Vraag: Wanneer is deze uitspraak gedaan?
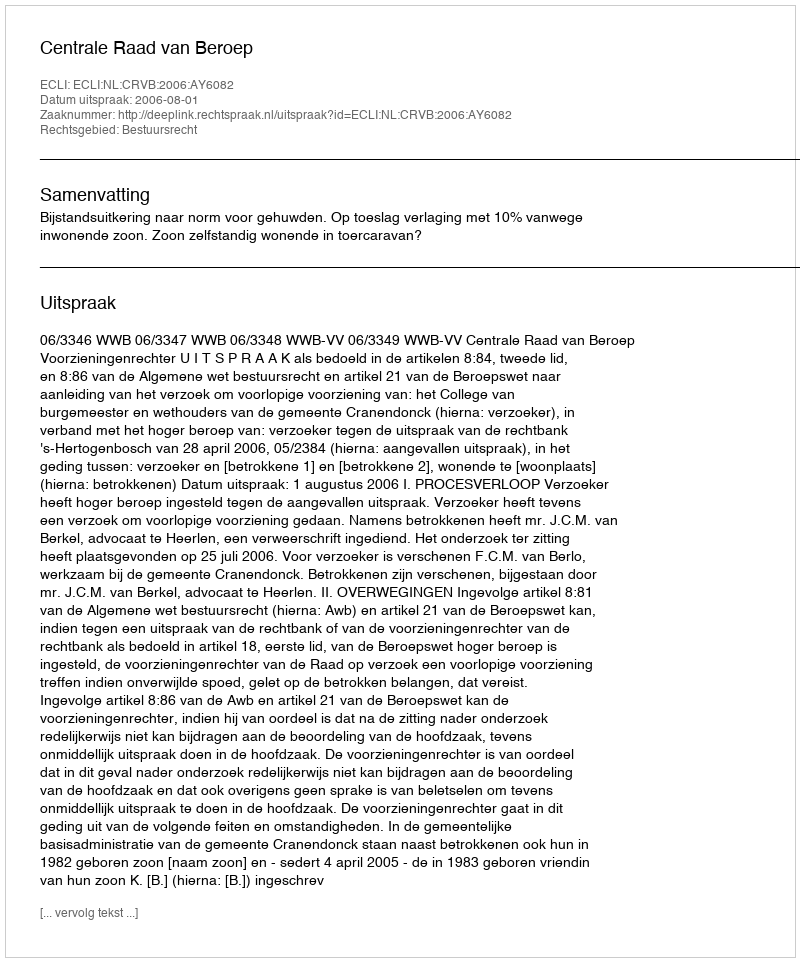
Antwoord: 2006-08-01